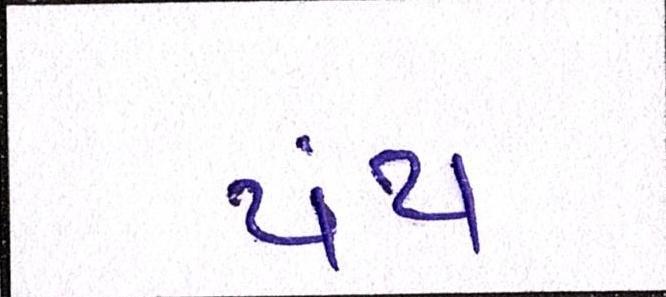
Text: પંથ